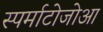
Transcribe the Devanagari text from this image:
स्पर्माटोजोआ